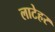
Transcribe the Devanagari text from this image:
लाटेहर